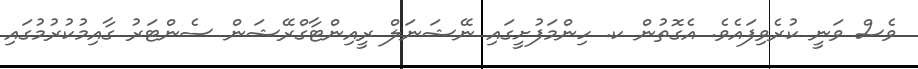
ވެސް ވަނީ ކުރެވިފައެވެ. އެގޮތުން ކ. ހިންމަފުށީގައި ނޭޝަނަލް ރީއިންޓާގްރޭޝަން ސެންޓަރު ގާއިމުކުރުމުގައި